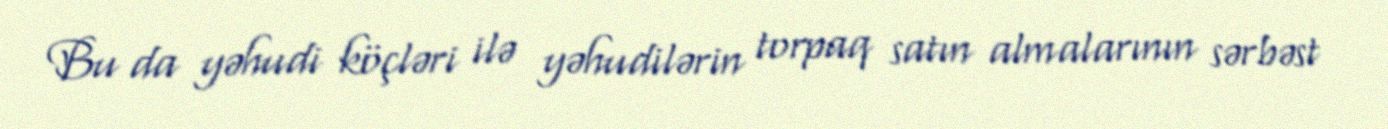
Bu da yəhudi köçləri ilə yəhudilərin torpaq satın almalarının sərbəst